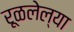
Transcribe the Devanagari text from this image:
रूळलेल्या